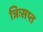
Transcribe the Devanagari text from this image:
त्रिःसप्त